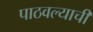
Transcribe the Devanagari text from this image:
पाठवल्याची